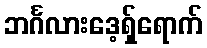
ဘင်္ဂလားဒေ့ရှ်ရောက်